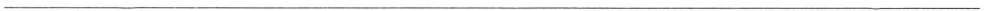
___